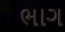
ભાગ